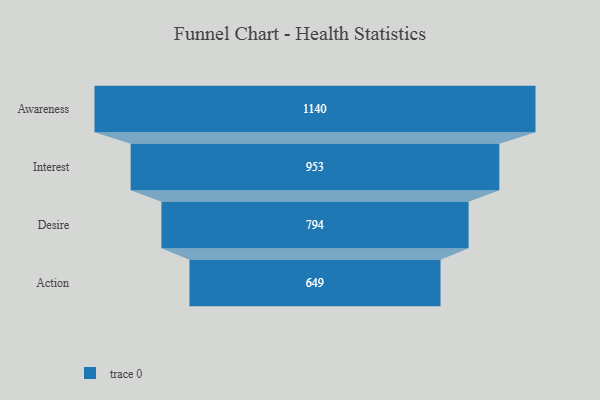
{"axis": {"x": "Stage", "y": "Value"}, "legend": [""], "data": [{"x": "Awareness", "y": 1140.0, "type": ""}, {"x": "Interest", "y": 953.0, "type": ""}, {"x": "Desire", "y": 794.0, "type": ""}, {"x": "Action", "y": 649.0, "type": ""}]}